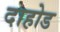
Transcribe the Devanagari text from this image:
दाहोड